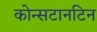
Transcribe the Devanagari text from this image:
कोन्सटानटिन